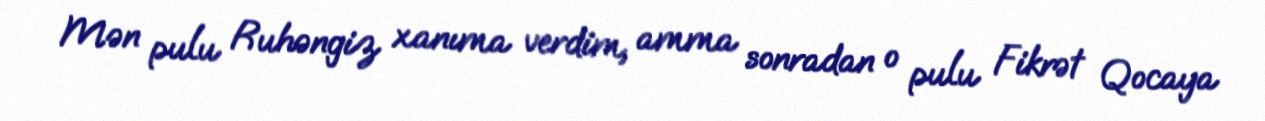
Mən pulu Ruhəngiz xanıma verdim, amma sonradan o pulu Fikrət Qocaya